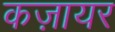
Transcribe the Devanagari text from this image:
कज़ायर